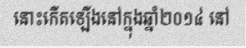
នោះកើតឡើងនៅក្នុងឆ្នាំ២០១៤ នៅ